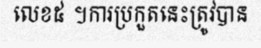
លេខ៥ ។ការប្រកួតនេះត្រូវបាន